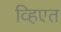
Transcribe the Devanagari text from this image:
व्हिएत